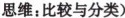
思维：比较与分类)